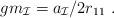
LaTeX: \begin{align*} gm_{\cal I}= a_{\cal I}/2r_{11}\ .\end{align*}